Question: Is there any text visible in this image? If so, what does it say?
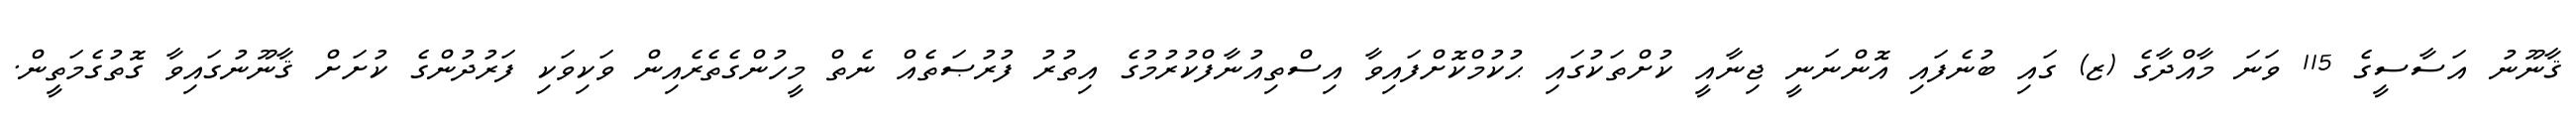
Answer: ޤާނޫނު އަސާސީގެ 115 ވަނަ މާއްދާގެ (ޒ) ގައި ބުނެފައި އޮންނަނީ ޖިނާއީ ކުށްތަކުގައި ޙުކުމްކޮށްފައިވާ އިސްތިއުނާފްކުރުމުގެ އިތުރު ފުރުޞަތެއް ނެތް މީހުންގެތެރެއިން ވަކިވަކި ފަރުދުންގެ ކުށަށް ޤާނޫނުގައިވާ ގޮތުގެމަތީން.